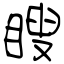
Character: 瞍